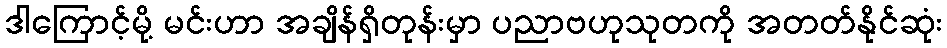
ဒါကြောင့်မို့ မင်းဟာ အချိန်ရှိတုန်းမှာ ပညာဗဟုသုတကို အတတ်နိုင်ဆုံး